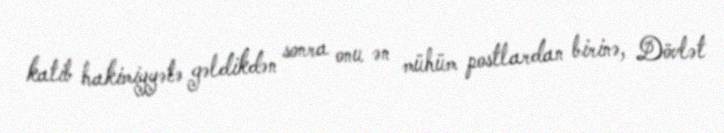
katib hakimiyyətə gəldikdən sonra onu ən mühüm postlardan birinə, Dövlət